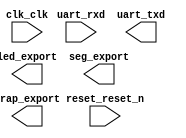

module pico_cyc10_qys (
	clk_clk,
	led_export,
	reset_reset_n,
	seg_export,
	trap_export,
	uart_rxd,
	uart_txd);	

	input		clk_clk;
	output	[7:0]	led_export;
	input		reset_reset_n;
	output	[7:0]	seg_export;
	output		trap_export;
	input		uart_rxd;
	output		uart_txd;
endmodule